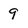
Character: 9